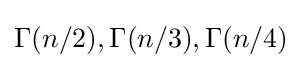
\Gamma (n/2),\Gamma (n/3),\Gamma (n/4)